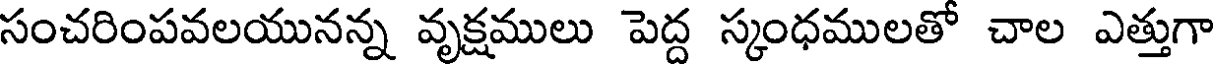
సంచరింపవలయునన్న వృక్షములు పెద్ద స్కంధములతో చాల ఎత్తుగా